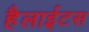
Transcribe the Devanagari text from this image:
हैलाईटस